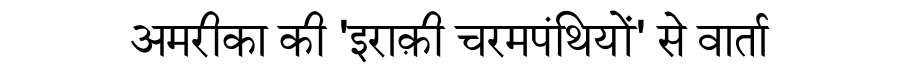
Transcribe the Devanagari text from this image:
अमरीका की 'इराक़ी चरमपंथियों' से वार्ता